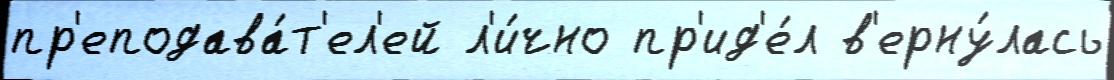
пр'еподава́т'ел'ей л'и́чно пр'ид'е́л в'ерну́лась